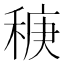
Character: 𫀻